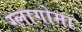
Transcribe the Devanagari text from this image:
ग्लागोमा